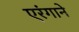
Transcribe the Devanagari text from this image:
एरंगाने